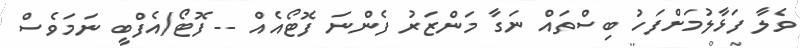
ވެލާ ފަޅާލުމަށްފަހު ބިސްތައް ނަގާ މަންޒަރު ފެންނަ ފޮޓޯއެއް -- ފޮޓޯ/އެފްބީ ނަމަވެސް